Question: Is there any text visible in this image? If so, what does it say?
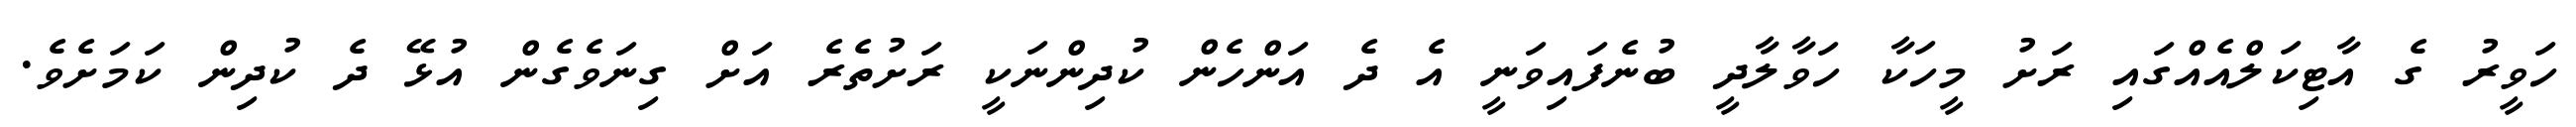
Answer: ހަވީރު ގެ އާޓިކަލްއެއްގައި ރަށު މީހަކާ ހަވާލާދީ ބުނެފައިވަނީ އެ ދެ އަންހެން ކުދިންނަކީ ރަށުތެރެ އަށް ގިނަވެގެން އުޅޭ ދެ ކުދިން ކަމަށެވެ.